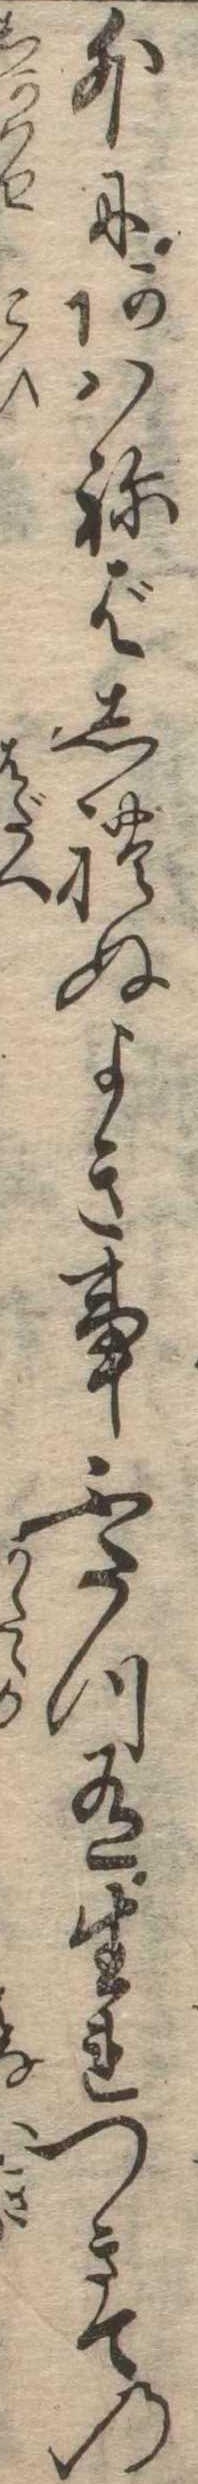
外にあはねばしれぬよき事ふたつ有生れつきての